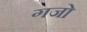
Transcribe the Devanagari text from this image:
गजो